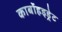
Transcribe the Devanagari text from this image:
कार्बोहइड्रेट